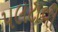
પલટાવી